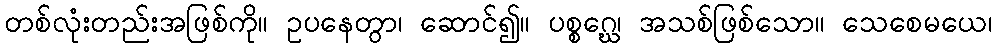
တစ်လုံးတည်းအဖြစ်ကို။ ဥပနေတွာ၊ ဆောင်၍။ ပစ္စဂ္ဃေ၊ အသစ်ဖြစ်သော။ သေစေမယေ၊